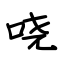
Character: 哓